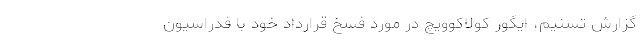
گزارش تسنیم، ایگور کولاکوویچ در مورد فسخ قرارداد خود با فدراسیون